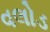
વલોડ